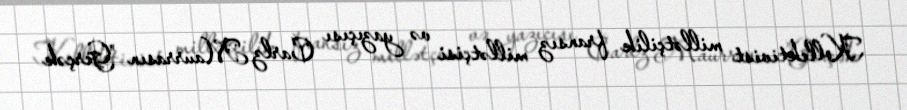
Kollektivist millətçilik fransız millətçisi və yazıçısı Carlz Maurrasın "Gerçək